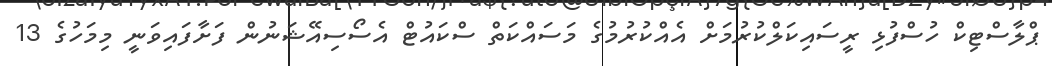
ޕްލާސްޓިކް ހުސްފުޅި ރީސައިކަލްކުރުމަށް އެއްކުރުމުގެ މަސައްކަތް ސްކައުޓް އެސޯސިއޭޝަނުން ފަށާފައިވަނީ މިމަހުގެ 13